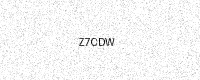
Text: Z7CDW